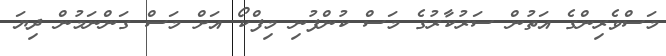
މަސްވެރިންގެ އަތުން ސަރުކާރުގެ މަސް ކުންފުނި މިފްކޯ އަށް މަސް ގަންނަމުން ދިޔަ